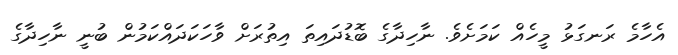
އެހާމެ ރަނގަޅު މީހެއް ކަމަށެވެ. ނާހިދާގެ ބޮޑުދައިތަ އިތުރަށް ވާހަކަދައްކަމުން ބުނީ ނާހިދާގެ